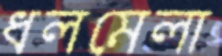
ধলমেলা